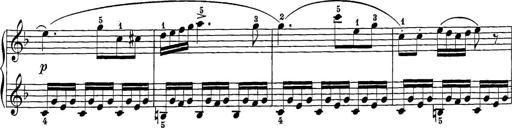
Title: 12 Sonatine per Pianoforte
Composer: Friedrich Kuhlau